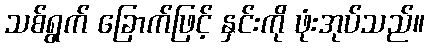
သစ်ရွက် ခြောက်ဖြင့် နှင်းကို ဖုံးအုပ်သည်။